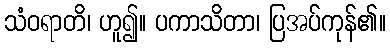
သံဝရာတိ၊ ဟူ၍။ ပကာသိတာ၊ ပြအပ်ကုန်၏။